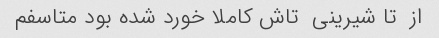
از  تا شیرینی  تاش کاملا خورد شده بود متاسفم